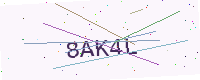
Text: 8AK4L